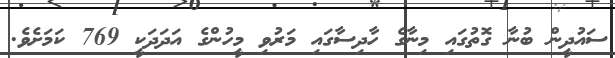
ސައުދީން ބުނާ ގޮތުގައި މިނާގެ ހާދިސާގައި މަރުވި މީހުންގެ އަދަދަކީ 769 ކަމަށެވެ.